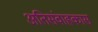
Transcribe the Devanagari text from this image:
अतिसंवाहकास